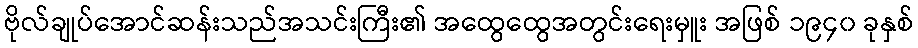
ဗိုလ်ချုပ်အောင်ဆန်းသည်အသင်းကြီး၏ အထွေထွေအတွင်းရေးမှူး အဖြစ် ၁၉၄၀ ခုနှစ်